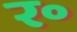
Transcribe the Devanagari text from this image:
र॰